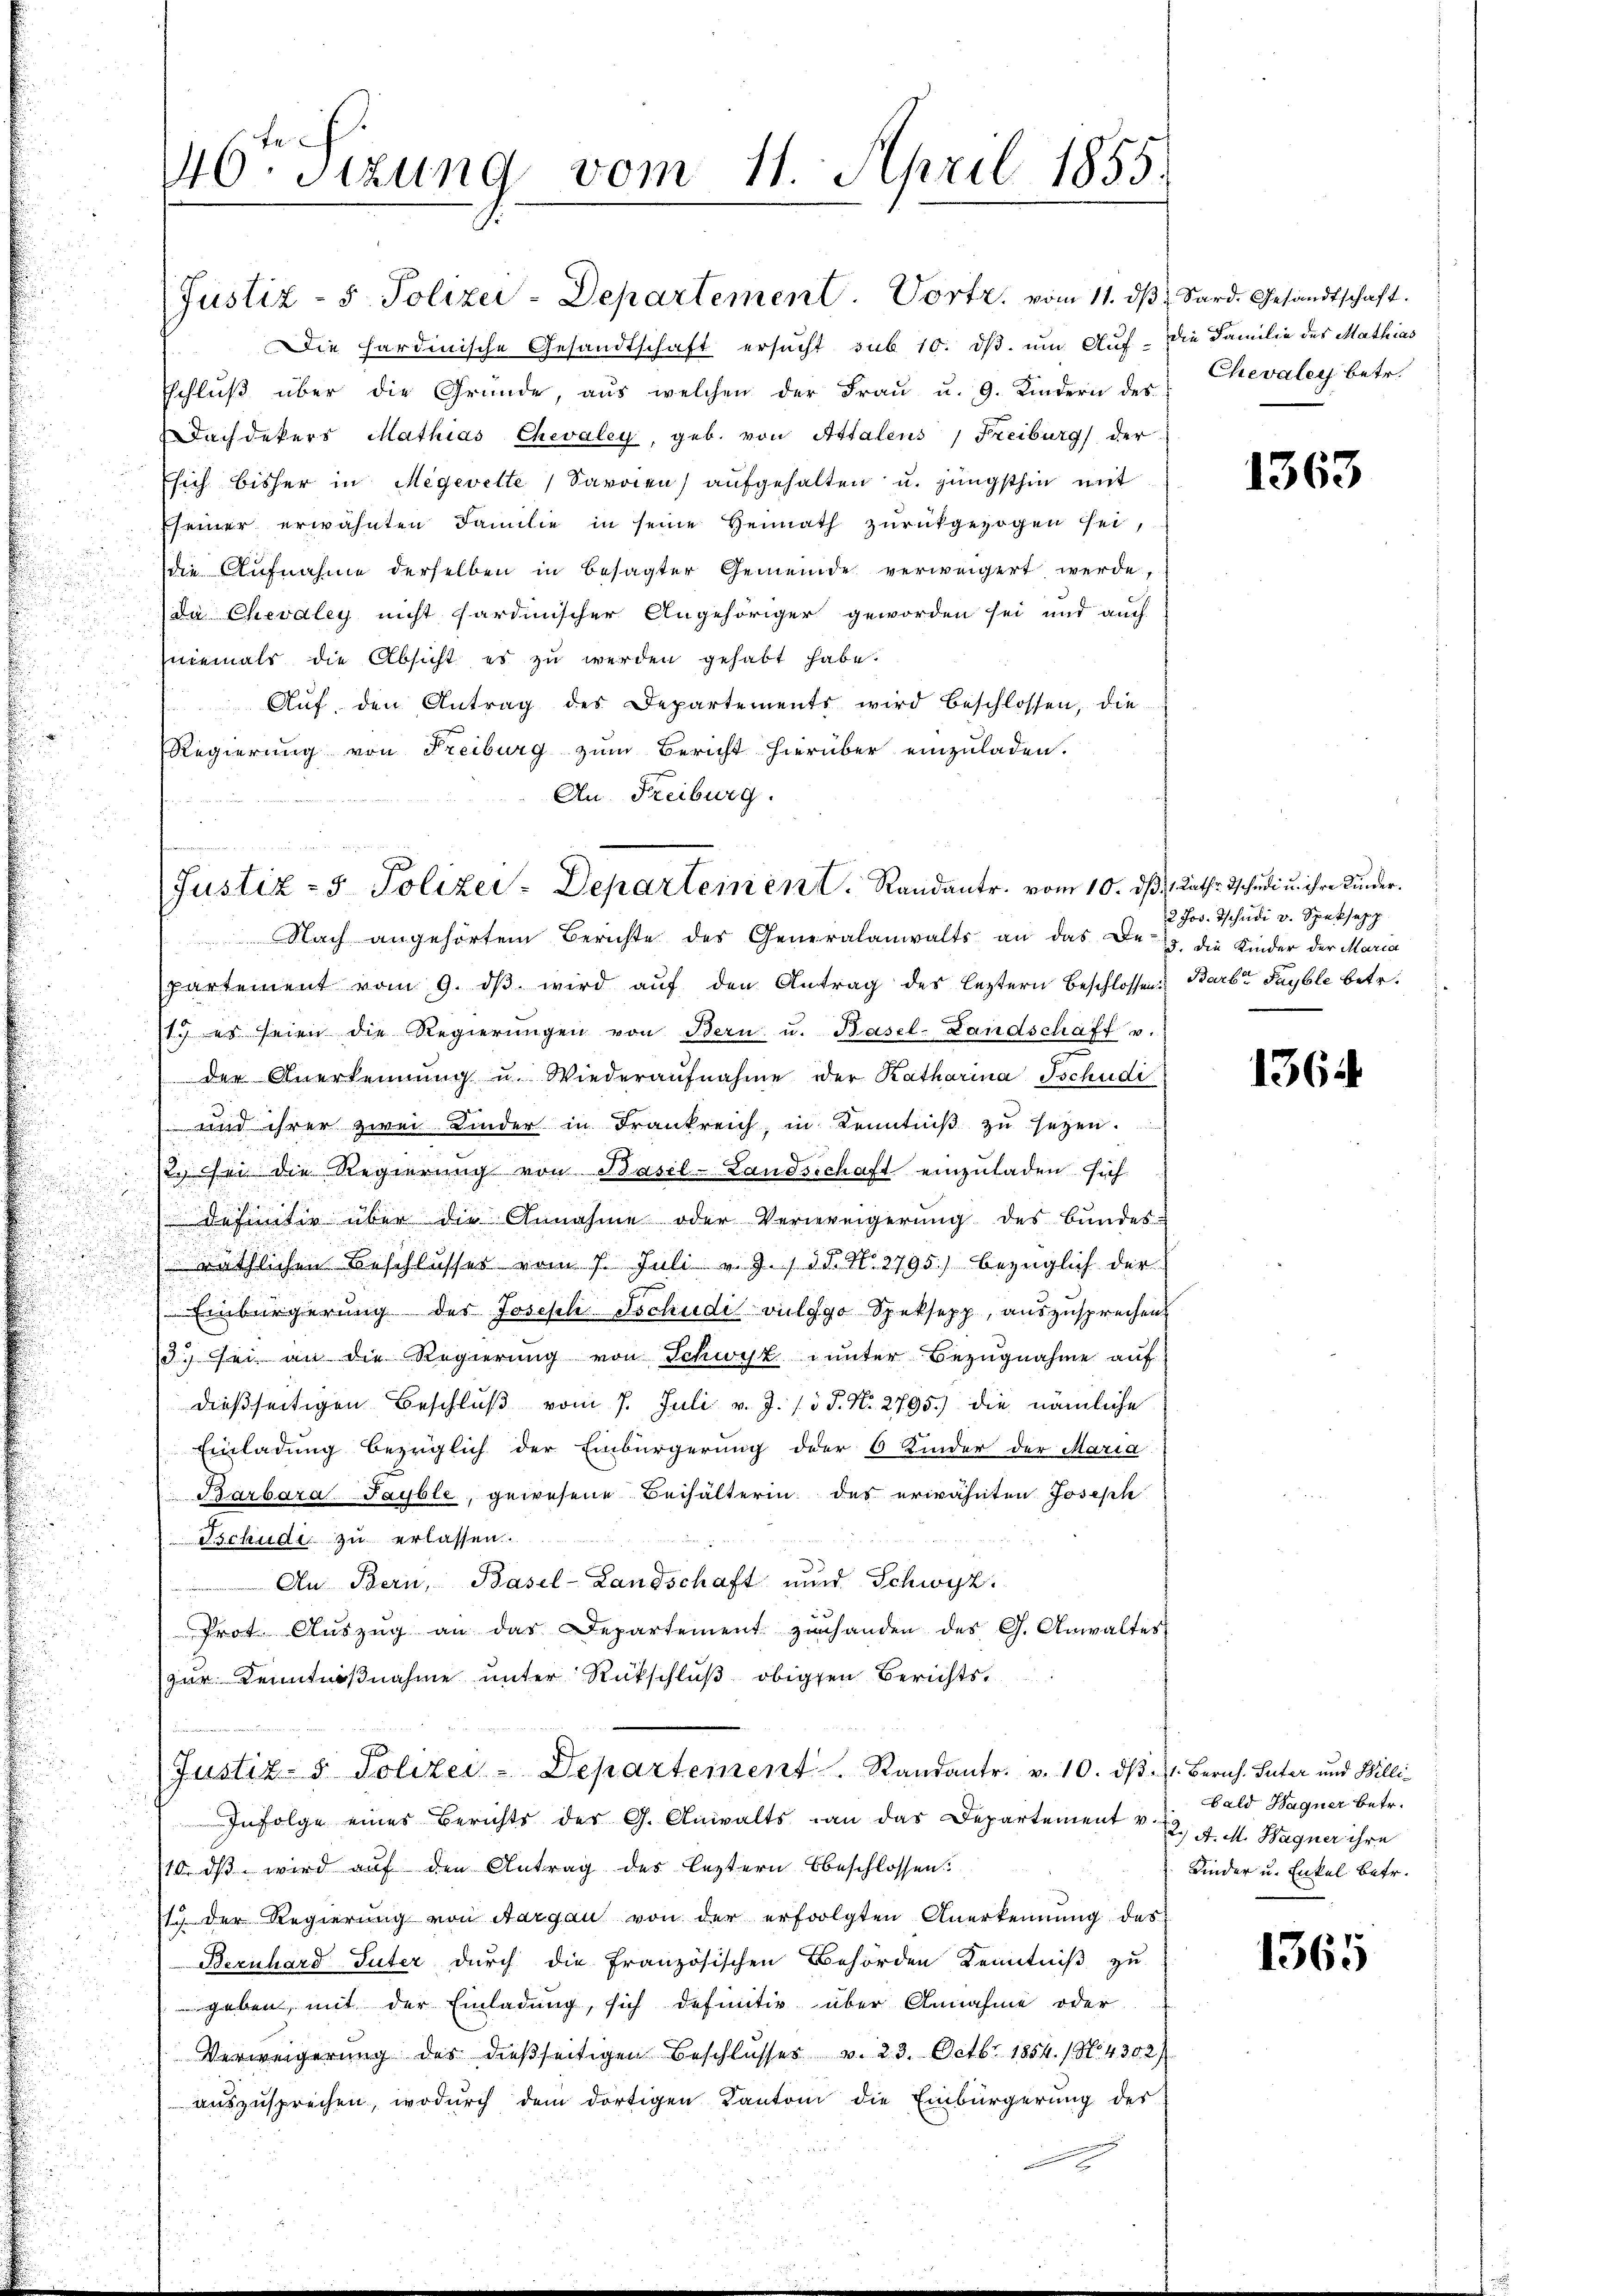
u

40. Sizung vom 11. April 1855.
.

(Justiz - 5. Polizei-Departement. Vortr. vom 11. dβ Sard. Gesandtschaft.
Die hardinische Gesandtschaft ersucht sub 10. dβ. um Auf- Die Familie des Mathias
Eschlŭβ über die Gründe, aus welchen der Fraŭ u. 9. Kindern des
Dachdekers Mathias Chevaley, geb. von Attalens, Freiburg der
sich bisher in Megevelte Saroien) aufgehalten u. jüngsthin mit
Eseiner erwähnten Familie in seine Heimath zŭrückgezogen sei,
die Aufnahme derselben in besagter Gemeinde verweigert werde,
da Chevaley nicht gardinischer Angehöriger geworden sei und auch
niemals die Absicht es zŭ werden gehabt habe.
Aŭf den Antrag des Departements wird beschlossen, die
Regierung von Freiburg zum Bericht hierüber einzuladen.
An Freiburg.
   124

Justiz- & Polizei-Departement. Randantr. vom 10.

Nach angehörten Berichte des Generalanwalts an das De- B. die Kinder der Maria
partement vom 9. dβ wird aŭf den Antrag des leztern Beschlossen Barb. Fayble betr.
1. es seien die Regierŭngen von Bern u. Basel-Landschaft u.
der Anerkennung u. Wiederaŭfnahme der Katharina Tschudi
 und ihrer zwei Kinder in Frankreich, in Kenntniβ zŭ seyen.
12 sei die Regierung von Basel-Landschaft einzuladen sich
 definitiv über die Annahme oder Verweigerung des Bundes-
räthlichen Beschlŭsses vom 7. Juli v. J. / dd. N. 2795) bezüglich der
Einbürgerung des Josepli Tschudi vulgo Speksepp, auszusprechen
3. sei an die Regierung von Schwyz unter Bezugnahme auf
dießseitigen Beschlŭβ vom 7. Juli v. J. 13 S. Nr. 2795) die nämliche
Einladung bezüglich der Einbürgerung der 6 Kinder der Maria
Barbara Fayble, gewesene Behälterin des erwähnten Joseph
Tschudi zu erlassen.
1
An Bern, Basel-Landschaft und Schwyz.
Prot. Aŭszŭg an das Departement zu handen des G. Anwaltes
zur Kenntnißnahme unter Rückschluß obigen Berichts¬
(Justiz- & Polizei-Departement. Randantr. v. 10. dβ. 1. Bernh. Suter und Willi-
Infolge eines Berichts des G. Anwalts an das Departement v.
110. dβ wird auf den Antrag des leztern beschlossen.
17 der Regierung von Aargau von der erfolgten Anerkennung des
Bernhard Suter durch die Französischen Behörden Kenntniß zu
geben, mit der Einladung, sich definitiv über Annahme oder
Verweigerŭng des dieβseitigen Beschlŭsses v. 23. Octbr. 1854. / No 4302)
auszusprechen, wodurch dem dortigen Kantoni die Einbürgerung des

Chevaler betr.

1363

dß 11. Raths Tschudi u. ihre Kinder.
2 Jos. Tschudi v. Speksapp

1364

bald Hagner betr.
2) A. M. Wagner ihre
Kinder u. Enkel betr.

1365